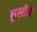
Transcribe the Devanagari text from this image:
कुस्तीने